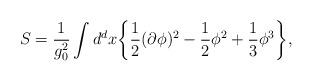
LaTeX: \begin{align*}S=\frac{1}{g_0^2}\int d^d x\bigg\{\frac{1}{2}(\partial\phi)^2-\frac{1}{2}\phi^2+\frac{1}{3}\phi^3\bigg\},\end{align*}